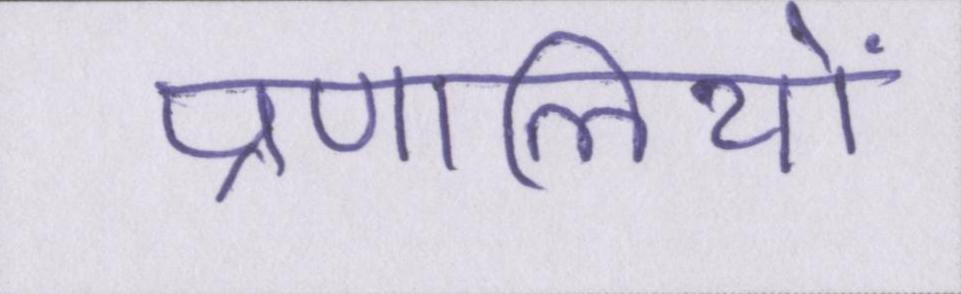
प्रणालियों